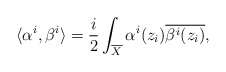
\begin{align*}\langle\alpha^{i},\beta^{i} \rangle=\frac{i}{2}\int_{\overline{X}}\alpha^{i}(z_{i})\overline{\beta^{i}(z_{i})}, \end{align*}